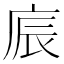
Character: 𢈫